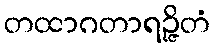
တထာဂတာရဉ္ဇိတံ